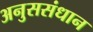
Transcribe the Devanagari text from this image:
अनुससंधान